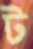
ট